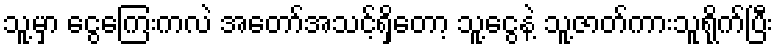
သူ့မှာ ငွေကြေးကလဲ အတော်အသင့်ရှိတော့ သူ့ငွေနဲ့ သူ့ဇာတ်ကားသူရိုက်ပြီး